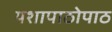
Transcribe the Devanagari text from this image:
यशापाठोपाठ